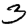
Digit: 3